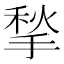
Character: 揫